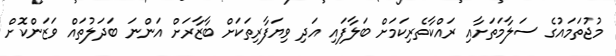
މުޖުތަމައުގެ ސަލާމަތަށާއި ރައްކާތެރިކަމަށް ބަލާފައި އަދި ވިޔަފާރިތަކަށް ބާޒާރަށް އަންނަ ބަދަލުތައް ވަޒަންކޮށް